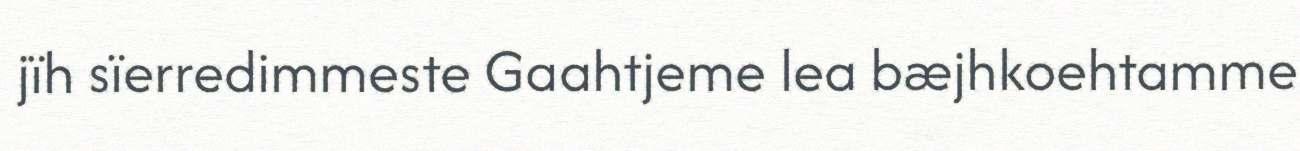
jïh sïerredimmeste Gaahtjeme lea bæjhkoehtamme